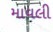
માવલી